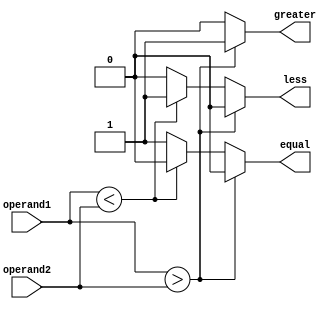
module magnitude_comparator(
    input [7:0] operand1,
    input [7:0] operand2,
    output reg greater,
    output reg less,
    output reg equal
);

always @(*) begin
    if(operand1 > operand2) begin
        greater = 1;
        less = 0;
        equal = 0;
    end
    else if(operand1 < operand2) begin
        greater = 0;
        less = 1;
        equal = 0;
    end
    else begin
        greater = 0;
        less = 0;
        equal = 1;
    end
end

endmodule